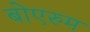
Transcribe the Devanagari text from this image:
बोएरुम